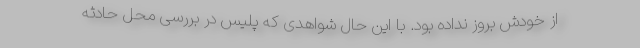
از خودش بروز نداده بود. با این حال شواهدی که پلیس در بررسی محل حادثه